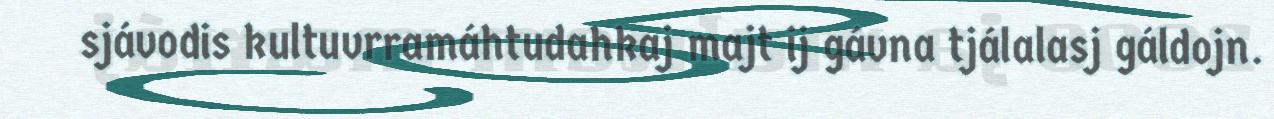
sjávodis kultuvrramáhtudahkaj majt ij gávna tjálalasj gáldojn.